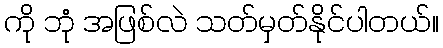
ကို ဘုံ အဖြစ်လဲ သတ်မှတ်နိုင်ပါတယ်။